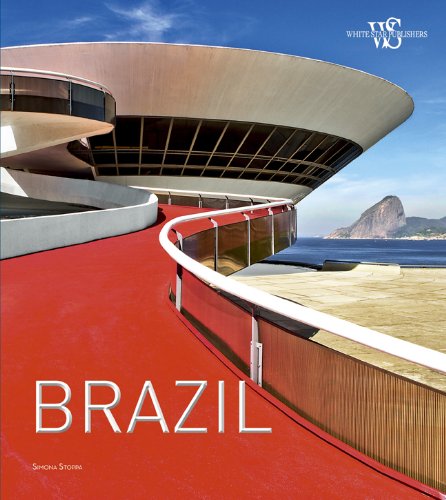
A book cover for Brazil; Simona Stoppa; Travel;